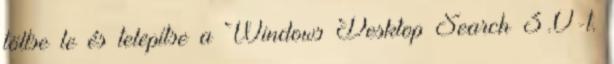
töltse le és telepítse a Windows Desktop Search 3.0-t.